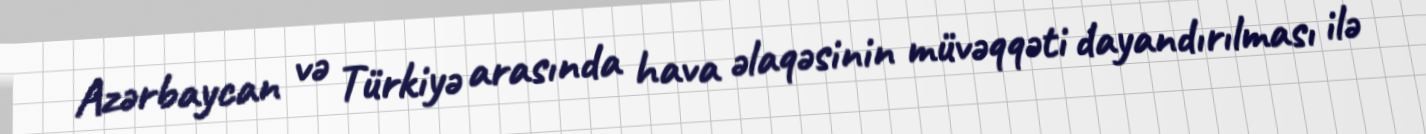
Azərbaycan və Türkiyə arasında hava əlaqəsinin müvəqqəti dayandırılması ilə